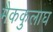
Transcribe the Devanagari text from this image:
मैककुलाघ